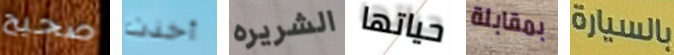
صحيح أخذت الشريره حياتها بمقابلة بالسيارة